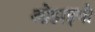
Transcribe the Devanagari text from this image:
ओहाइयो